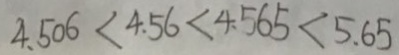
4 . 5 0 6 < 4 . 5 6 < 4 . 5 6 5 < 5 . 6 5